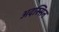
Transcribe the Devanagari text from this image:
अदस्सिन